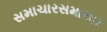
સમાચારસમાચાર